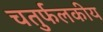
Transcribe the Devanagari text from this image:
चतुर्फलकीय